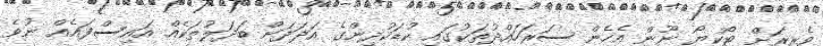
ވެރިރަށް ޓޯކިޔޯ ނޫން އެހެން ސަރަހައްދުތަކުގައި ކުޑަކުދިންގެ އަދަދަށް ބަދަލުތަކެއް އައިސްފައެއް ނުވެ